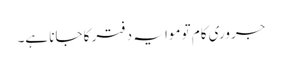
جروری کام تو موا یہ دفتر کا جانا ہے۔